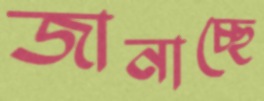
জানাচ্ছে